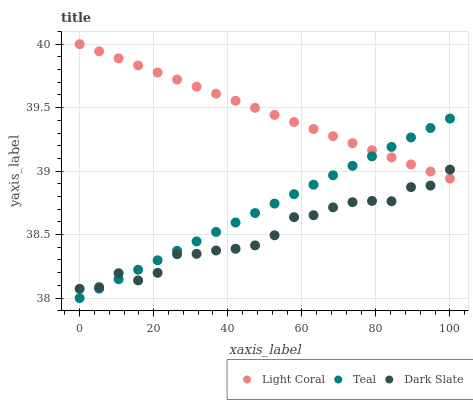
| xaxis_label | Light Coral | Teal | Dark Slate |
 | --- | --- | --- | --- |
 | 0 | 40 | 38 | 38.1 |
 | 5.26 | 39.9 | 38.1 | 38.1 |
 | 10.5 | 39.9 | 38.1 | 38.2 |
 | 15.8 | 39.8 | 38.2 | 38.1 |
 | 21.1 | 39.8 | 38.3 | 38.2 |
 | 26.3 | 39.7 | 38.4 | 38.3 |
 | 31.6 | 39.7 | 38.4 | 38.3 |
 | 36.8 | 39.6 | 38.5 | 38.4 |
 | 42.1 | 39.6 | 38.6 | 38.4 |
 | 47.4 | 39.5 | 38.7 | 38.4 |
 | 52.6 | 39.4 | 38.7 | 38.5 |
 | 57.9 | 39.4 | 38.8 | 38.6 |
 | 63.2 | 39.3 | 38.9 | 38.7 |
 | 68.4 | 39.3 | 39 | 38.7 |
 | 73.7 | 39.2 | 39 | 38.8 |
 | 78.9 | 39.2 | 39.1 | 38.8 |
 | 84.2 | 39.1 | 39.2 | 38.8 |
 | 89.5 | 39.1 | 39.3 | 38.9 |
 | 94.7 | 39 | 39.3 | 38.9 |
 | 100 | 38.9 | 39.4 | 39 |